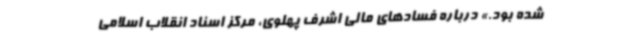
شده بود.» درباره فسادهای مالی اشرف پهلوی، مرکز اسناد انقلاب اسلامی